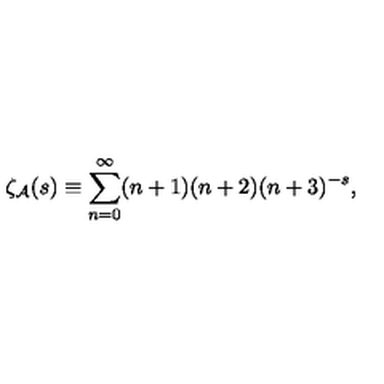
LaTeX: \zeta _ { \cal A } ( s ) \equiv \sum _ { n = 0 } ^ { \infty } ( n + 1 ) ( n + 2 ) ( n + 3 ) ^ { - s } ,